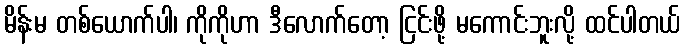
မိန်းမ တစ်ယောက်ပါ၊ ကိုကိုဟာ ဒီလောက်တော့ ငြင်းဖို့ မကောင်းဘူးလို့ ထင်ပါတယ်